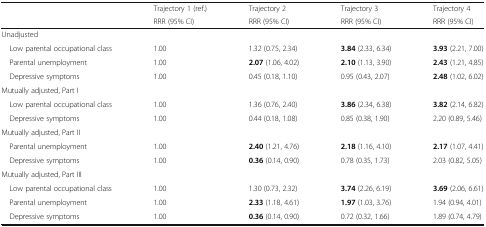
<table><thead><tr><td rowspan="2"></td><td><b>Trajectory 1 (ref.)</b></td><td><b>Trajectory 2</b></td><td><b>Trajectory 3</b></td><td><b>Trajectory 4</b></td></tr><tr><td><b>RRR (95% CI)</b></td><td><b>RRR (95% CI)</b></td><td><b>RRR (95% CI)</b></td><td><b>RRR (95% CI)</b></td></tr></thead><tbody><tr><td colspan="5">Unadjusted</td></tr><tr><td> Low parental occupational class</td><td>1.00</td><td>1.32 (0.75, 2.34)</td><td><b>3.84</b> (2.33, 6.34)</td><td><b>3.93</b> (2.21, 7.00)</td></tr><tr><td> Parental unemployment</td><td>1.00</td><td><b>2.07</b> (1.06, 4.02)</td><td><b>2.10</b> (1.13, 3.90)</td><td><b>2.43</b> (1.21, 4.85)</td></tr><tr><td> Depressive symptoms</td><td>1.00</td><td>0.45 (0.18, 1.10)</td><td>0.95 (0.43, 2.07)</td><td><b>2.48</b> (1.02, 6.02)</td></tr><tr><td colspan="5">Mutually adjusted, Part I</td></tr><tr><td> Low parental occupational class</td><td>1.00</td><td>1.36 (0.76, 2.40)</td><td><b>3.86</b> (2.34, 6.38)</td><td><b>3.82</b> (2.14, 6.82)</td></tr><tr><td> Depressive symptoms</td><td>1.00</td><td>0.44 (0.18, 1.08)</td><td>0.85 (0.38, 1.90)</td><td>2.20 (0.89, 5.46)</td></tr><tr><td colspan="5">Mutually adjusted, Part II</td></tr><tr><td> Parental unemployment</td><td>1.00</td><td><b>2.40</b> (1.21, 4.76)</td><td><b>2.18</b> (1.16, 4.10)</td><td><b>2.17</b> (1.07, 4.41)</td></tr><tr><td> Depressive symptoms</td><td>1.00</td><td><b>0.36</b> (0.14, 0.90)</td><td>0.78 (0.35, 1.73)</td><td>2.03 (0.82, 5.05)</td></tr><tr><td colspan="5">Mutually adjusted, Part III</td></tr><tr><td> Low parental occupational class</td><td>1.00</td><td>1.30 (0.73, 2.32)</td><td><b>3.74</b> (2.26, 6.19)</td><td><b>3.69</b> (2.06, 6.61)</td></tr><tr><td> Parental unemployment</td><td>1.00</td><td><b>2.33</b> (1.18, 4.61)</td><td><b>1.97</b> (1.03, 3.76)</td><td>1.94 (0.94, 4.01)</td></tr><tr><td> Depressive symptoms</td><td>1.00</td><td><b>0.36</b> (0.14, 0.90)</td><td>0.72 (0.32, 1.66)</td><td>1.89 (0.74, 4.79)</td></tr></tbody></table>